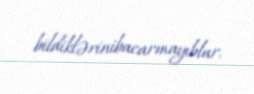
bildiklərinibacarmayıblar.